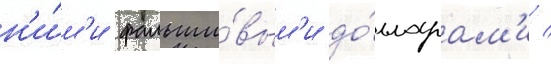
н'и́м'и фальши́вым'и до́лларам'и /